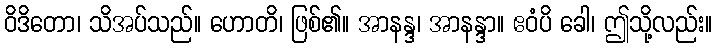
ဝိဒိတော၊ သိအပ်သည်။ ဟောတိ၊ ဖြစ်၏။ အာနန္ဒ၊ အာနန္ဒာ။ ဧဝံပိ ခေါ၊ ဤသို့လည်း။